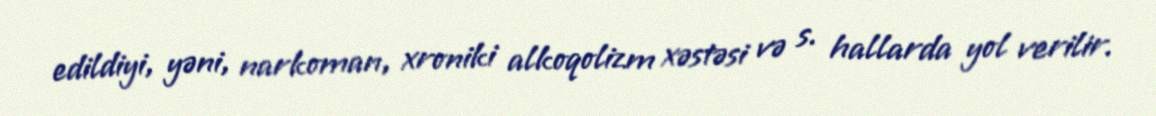
edildiyi, yəni, narkoman, xroniki alkoqolizm xəstəsi və s. hallarda yol verilir.